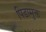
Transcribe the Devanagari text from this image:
पिडामुक्त